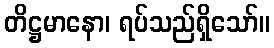
တိဋ္ဌမာနော၊ ရပ်သည်ရှိသော်။